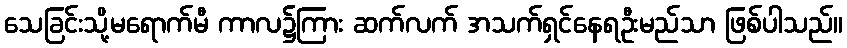
သေခြင်းသို့မရောက်မီ ကာလ၌ကြား ဆက်လက် အသက်ရှင်နေရဦးမည်သာ ဖြစ်ပါသည်။